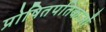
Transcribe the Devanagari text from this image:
प्रोषितपतिकाओं